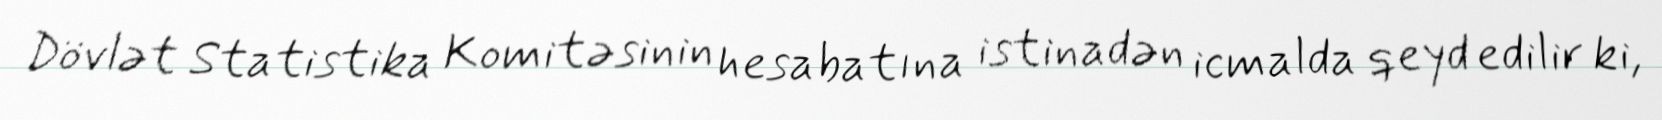
Dövlət Statistika Komitəsinin hesabatına istinadən icmalda qeyd edilir ki,